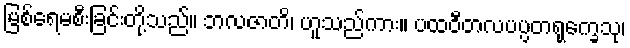
မြစ်ရေမစီးခြင်းတို့သည်။ ဘလဇာတိ၊ ဟူသည်ကား။ ပထဝီတလပပ္ပတရုက္ခေသု၊